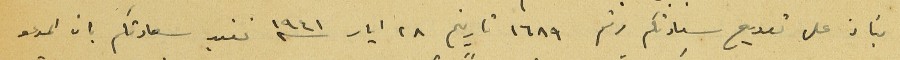
بناء على توريع سيادتكم رقم ١٦٨٩ تاريخ ٢٨ ايار سنه ١٩٤٠ نفيد سعادتكم بان المدعو